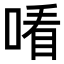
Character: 𠸦